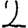
Digit: 2